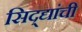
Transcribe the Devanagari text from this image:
सिद्द्यांची